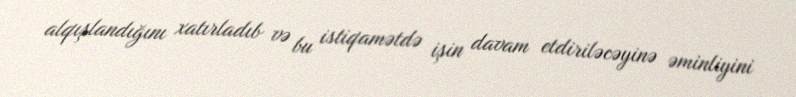
alqışlandığını xatırladıb və bu istiqamətdə işin davam etdiriləcəyinə əminliyini